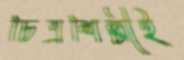
চিত্রশিল্পীই